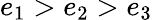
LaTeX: e_{1}>e_{2}>e_{3}